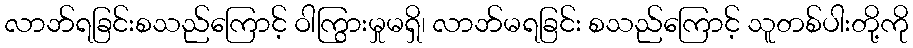
လာဘ်ရခြင်းစသည်ကြောင့် ဝါကြွားမှုမရှိ၊ လာဘ်မရခြင်း စသည်ကြောင့် သူတစ်ပါးတို့ကို